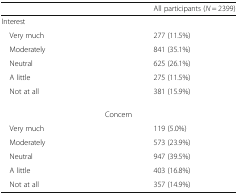
|  | All participants (N = 2399) |
 | --- | --- |
 | <COLSPAN=2> Interest |
 | Very much | 277 (11.5%) |
 | Moderately | 841 (35.1%) |
 | Neutral | 625 (26.1%) |
 | A little | 275 (11.5%) |
 | Not at all | 381 (15.9%) |
 | <COLSPAN=2> Concern |
 | Very much | 119 (5.0%) |
 | Moderately | 573 (23.9%) |
 | Neutral | 947 (39.5%) |
 | A little | 403 (16.8%) |
 | Not at all | 357 (14.9%) |